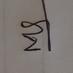
Signature authenticity: genuine